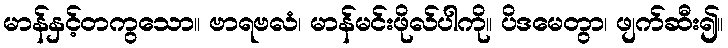
မာန်နှင့်တကွသော။ ဗာရဗလံ၊ မာန်မင်းဖိုလ်ပါကို။ ပိဒမေတွာ၊ ဖျက်ဆီး၍။